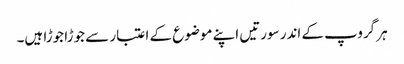
ہر گروپ کے اندر سورتیں اپنے موضوع کے اعتبار سے جوڑا جوڑا ہیں۔